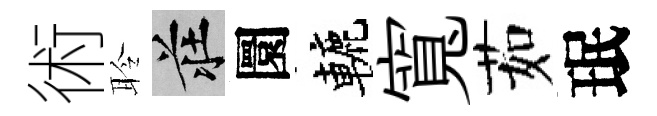
術聆莊圜轆寬茹珉